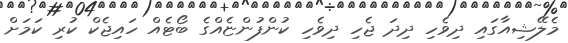
މެލޭޝިއާގައި ދިވެހި ދިދަ ޖެހި ދިވެހި ކުންފުންޏެއްގެ ބޯޓެއް ހައިޖެކް ކުރި ކަމަށް